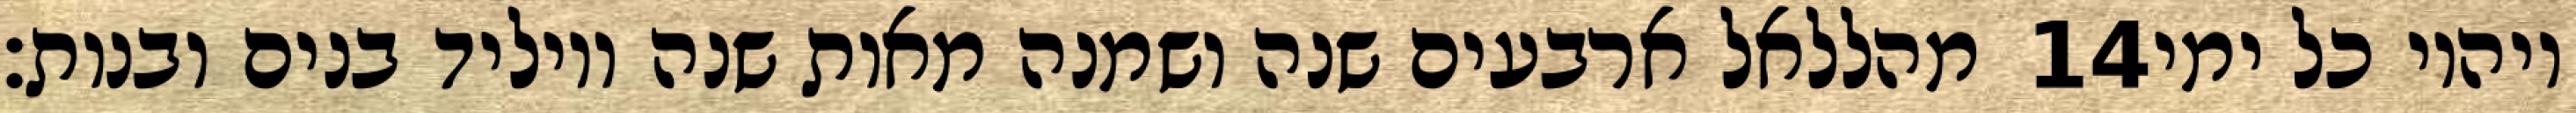
מהללאל ארבעים שנה ושמנה מאות שנה ויוליד בנים ובנות׃ ‎14‏ ויהיו כל ימי